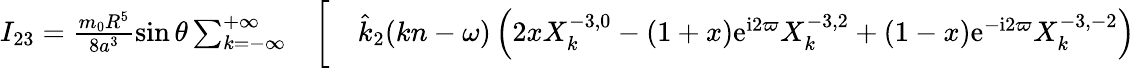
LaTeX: \begin{array}{rlr}{I_{23}=\frac{m_{0}R^{5}}{8a^{3}}\sin\theta\sum_{k=-\infty}^{+\infty}}&{{}\bigg[}&{\hat{k}_{2}(kn-\omega)\left(2xX_{k}^{-3,0}-(1+x)\mathrm{e}^{\mathrm{i}2\varpi}X_{k}^{-3,2}+(1-x)\mathrm{e}^{-\mathrm{i}2\varpi}X_{k}^{-3,-2}\right)}\end{array}